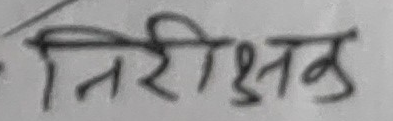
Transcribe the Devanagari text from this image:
निरीक्षण